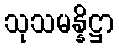
သုသမန္နိဋ္ဌာ